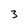
Character: 3